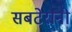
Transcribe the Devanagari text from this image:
सबटेरानी